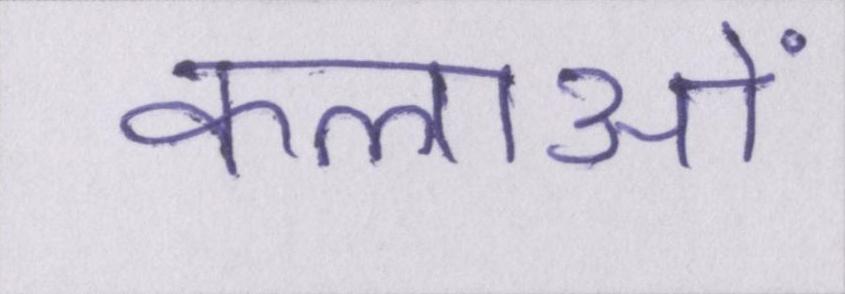
कलाओं